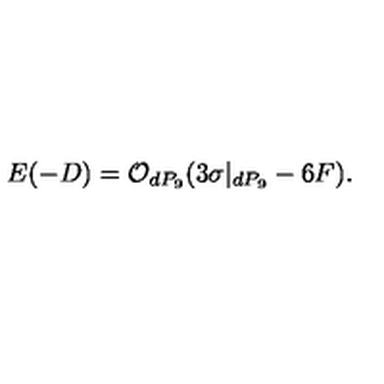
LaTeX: E ( - D ) = { \cal O } _ { d P _ { 9 } } ( 3 \sigma | _ { d P _ { 9 } } - 6 F ) .